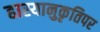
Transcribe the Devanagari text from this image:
हास्यानुकृतिपर